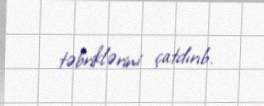
təbriklərini çatdırıb.